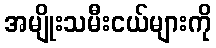
အမျိုးသမီးငယ်များကို